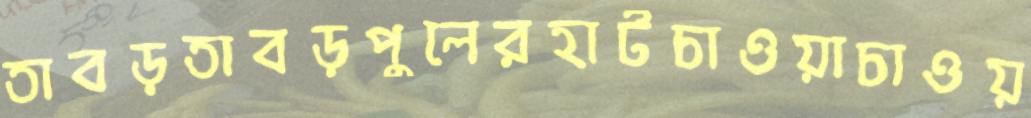
তাবড়তাবড়পুলেরহাটচাওয়াচাওয়